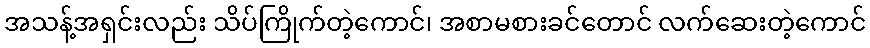
အသန့်အရှင်းလည်း သိပ်ကြိုက်တဲ့ကောင်၊ အစာမစားခင်တောင် လက်ဆေးတဲ့ကောင်